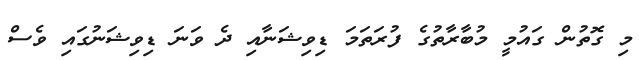
މި ގޮތުން ގައުމީ މުބާރާތުގެ ފުރަތަމަ ޑިވިޝަނާއި ދެ ވަނަ ޑިވިޝަނުގައި ވެސް